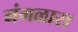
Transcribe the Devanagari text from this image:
मंगळारा